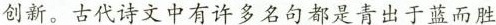
创新。古代诗文中有许多名句都是青出于蓝而胜